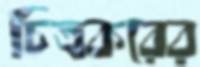
চিত্রকরের